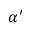
\alpha ^ { \prime }